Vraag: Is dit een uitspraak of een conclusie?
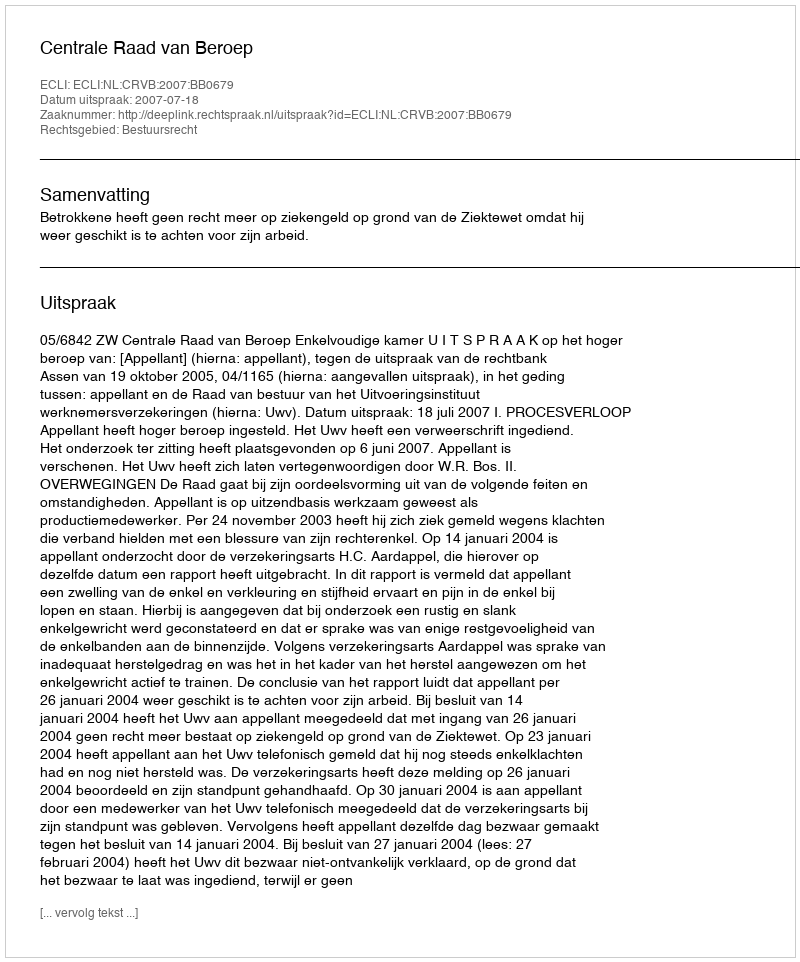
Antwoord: Uitspraak